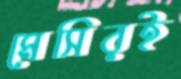
মেসিরই